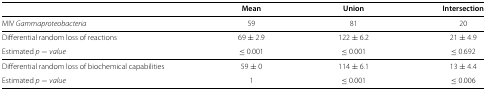
|  | Mean | Union | Intersection |
 | --- | --- | --- | --- |
 | MIV Gammaproteobacteria | 59 | 81 | 20 |
 | Differential random loss of reactions | 69 ± 2.9 | 122 ± 6.2 | 21 ± 4.9 |
 | Estimated p−value | ≤ 0.001 | ≤ 0.001 | ≤ 0.692 |
 | Differential random loss of biochemical capabilities | 59 ± 0 | 114 ± 6.1 | 13 ± 4.4 |
 | Estimated p−value | 1 | ≤ 0.001 | ≤ 0.006 |